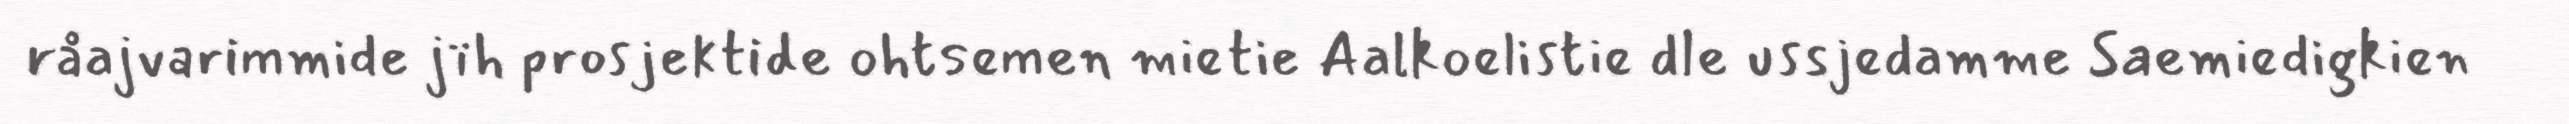
råajvarimmide jïh prosjektide ohtsemen mietie Aalkoelistie dle ussjedamme Saemiedigkien